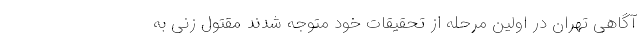
آگاهی تهران در اولین مرحله از تحقیقات خود متوجه شدند مقتول زنی به